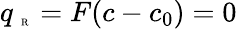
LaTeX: q_{\mathrm{~\tiny~R~}}=F(c-c_{0})=0